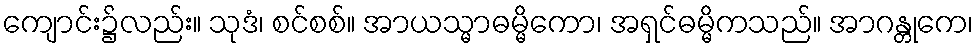
ကျောင်း၌လည်း။ သုဒံ၊ စင်စစ်။ အာယသ္မာဓမ္မိကော၊ အရှင်ဓမ္မိကသည်။ အာဂန္တုကေ၊